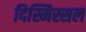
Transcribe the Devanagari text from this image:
दिस्मिस्सल